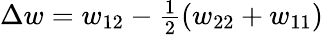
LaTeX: \Delta w=w_{12}-{\begin{array}{l}{{\frac{1}{2}}}\end{array}}(w_{22}+w_{11})